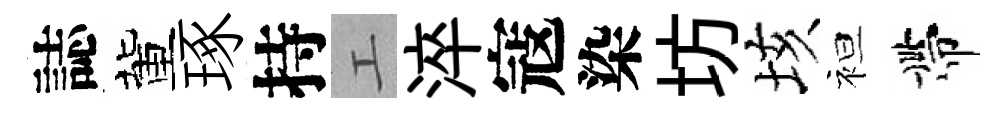
誌董琢持工淬寇染坊垓袒帶